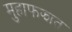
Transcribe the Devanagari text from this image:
मुहाफझात